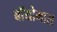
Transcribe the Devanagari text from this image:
बॉयोमास